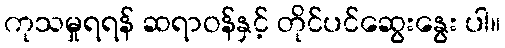
ကုသမှုရရန် ဆရာဝန်နှင့် တိုင်ပင်ဆွေးနွေး ပါ။